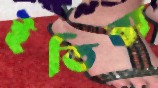
ইতিবা